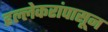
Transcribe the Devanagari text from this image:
हल्लेकरांपासून